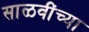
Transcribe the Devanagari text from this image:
साळवींच्या